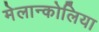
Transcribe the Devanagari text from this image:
मेलान्कोलिया